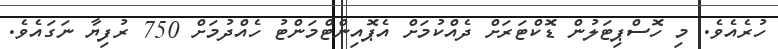
ހުރެއެވެ. މި ހޮސްޕިޓަލުން ޑޮކްޓަރަށް ދެއްކުމަށް އެޕޮއިންޓްމަންޓު ހެއްދުމަށް 750 ރުފިޔާ ނަގައެވެ.